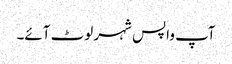
آپ واپس شہر لوٹ آئے۔